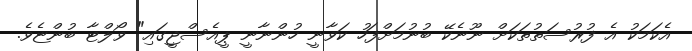
އެކަމަކު އެ ފުރުސަތުތަކަށް ނޫނެކޭ ބުނުމަށްފަހު ކަވާނީ ހުންނާނީ ޕީއެސްޖީގައި" ވޯލްޓާ ބުންޏެވެ.